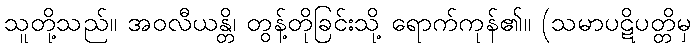
သူတို့သည်။ အဝလီယန္တိ၊ တွန့်တိုခြင်းသို့ ရောက်ကုန်၏။ (သမာပဋိပတ္တိမှ